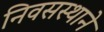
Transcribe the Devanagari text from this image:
निवसस्थाने